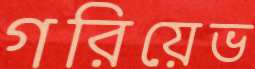
গরিয়েভ